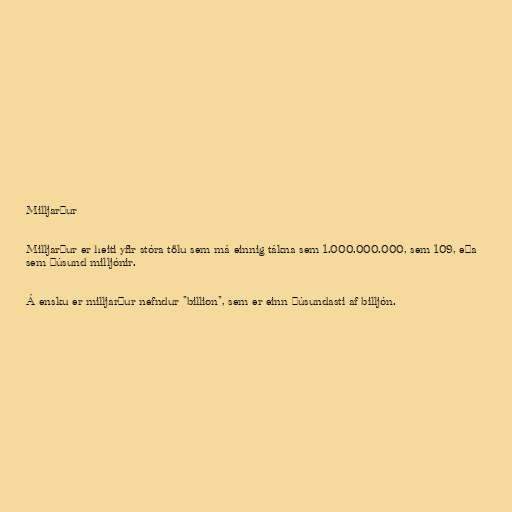
Milljarður

Milljarður er heiti yfir stóra tölu sem má einnig tákna sem 1.000.000.000, sem 109, eða
sem þúsund milljónir.

Á ensku er milljarður nefndur "billion", sem er einn þúsundasti af billjón.